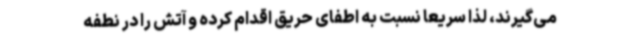
می‌گیرند، لذا سریعا نسبت به اطفای حریق اقدام کرده و آتش را در نطفه